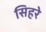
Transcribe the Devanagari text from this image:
सिहरे